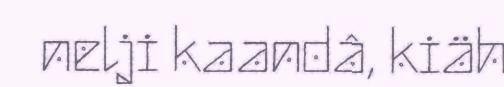
nelji kaandâ, kiäh